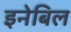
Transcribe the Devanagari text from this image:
इनेबिल